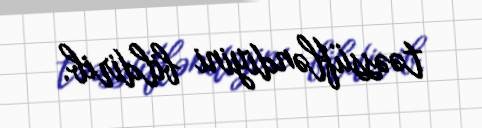
təəssüfləndiyini bildirib.